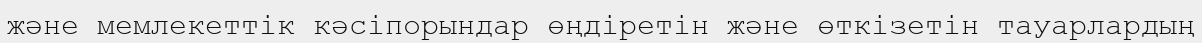
және мемлекеттік кәсіпорындар өңдіретін және өткізетін тауарлардың